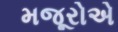
મજૂરોએ